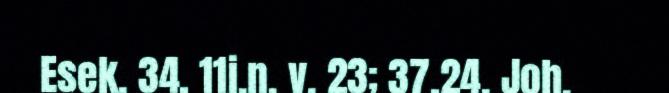
Esek. 34, 11j.n. v. 23; 37,24. Joh.